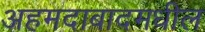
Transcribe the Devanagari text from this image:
अहमदाबादमधील